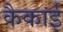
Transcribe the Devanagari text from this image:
कैकाई